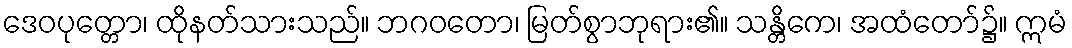
ဒေဝပုတ္တော၊ ထိုနတ်သားသည်။ ဘဂဝတော၊ မြတ်စွာဘုရား၏။ သန္တိကေ၊ အထံတော်၌။ ဣမံ